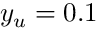
y _ { u } = 0 . 1